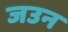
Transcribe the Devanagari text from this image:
जउन